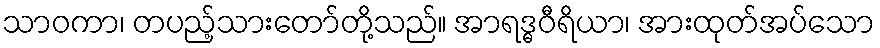
သာဝကာ၊ တပည့်သားတော်တို့သည်။ အာရဒ္ဓဝီရိယာ၊ အားထုတ်အပ်သော